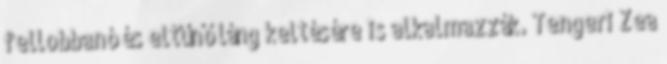
fellobbanó és eltűnő láng keltésére is alkalmazzák. Tengeri Zea